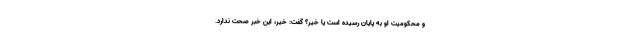
و محکومیت او به پایان رسیده است یا خیر؟ گفت: خیر، این خبر صحت ندارد.